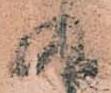
九